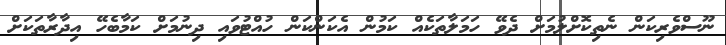
ނޫސްވެރިކަން ނެތިކޮށްލުމަށް ދެވޭ ހަމަލާތަކެއް ކަމުން އެކަންކަން ހުއްޓުވައި ދިނުމަށް ކަމާބެހޭ އިދާރާތަކަށް